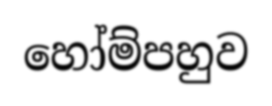
හෝම්පහුව